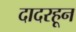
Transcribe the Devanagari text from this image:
दादरहून